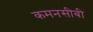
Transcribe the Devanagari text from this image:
कमनसीबी